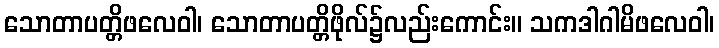
သောတာပတ္တိဖလေဝါ၊ သောတာပတ္တိဖိုလ်၌လည်းကောင်း။ သကဒါဂါမိဖလေဝါ၊